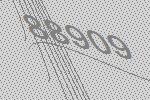
88909